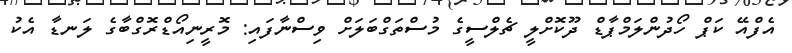
އެފްއޭ ކަޕް ހޯދުންލަމްޕާޑް ދޫކޮށްލީ ޗެލްސީގެ މުސްތަގްބަލަށް ވިސްނާފައި: މޮރީނިއޯޑްރޮގްބާގެ ލަނޑާ އެކު